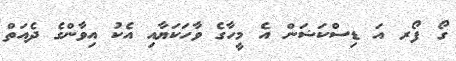
ގޯ ފޯރ އަ ޑިސްކަޝަން އެ މީހާގެ ވާހަކަޔާއި އެކު އިވާންގެ ދެއަތް